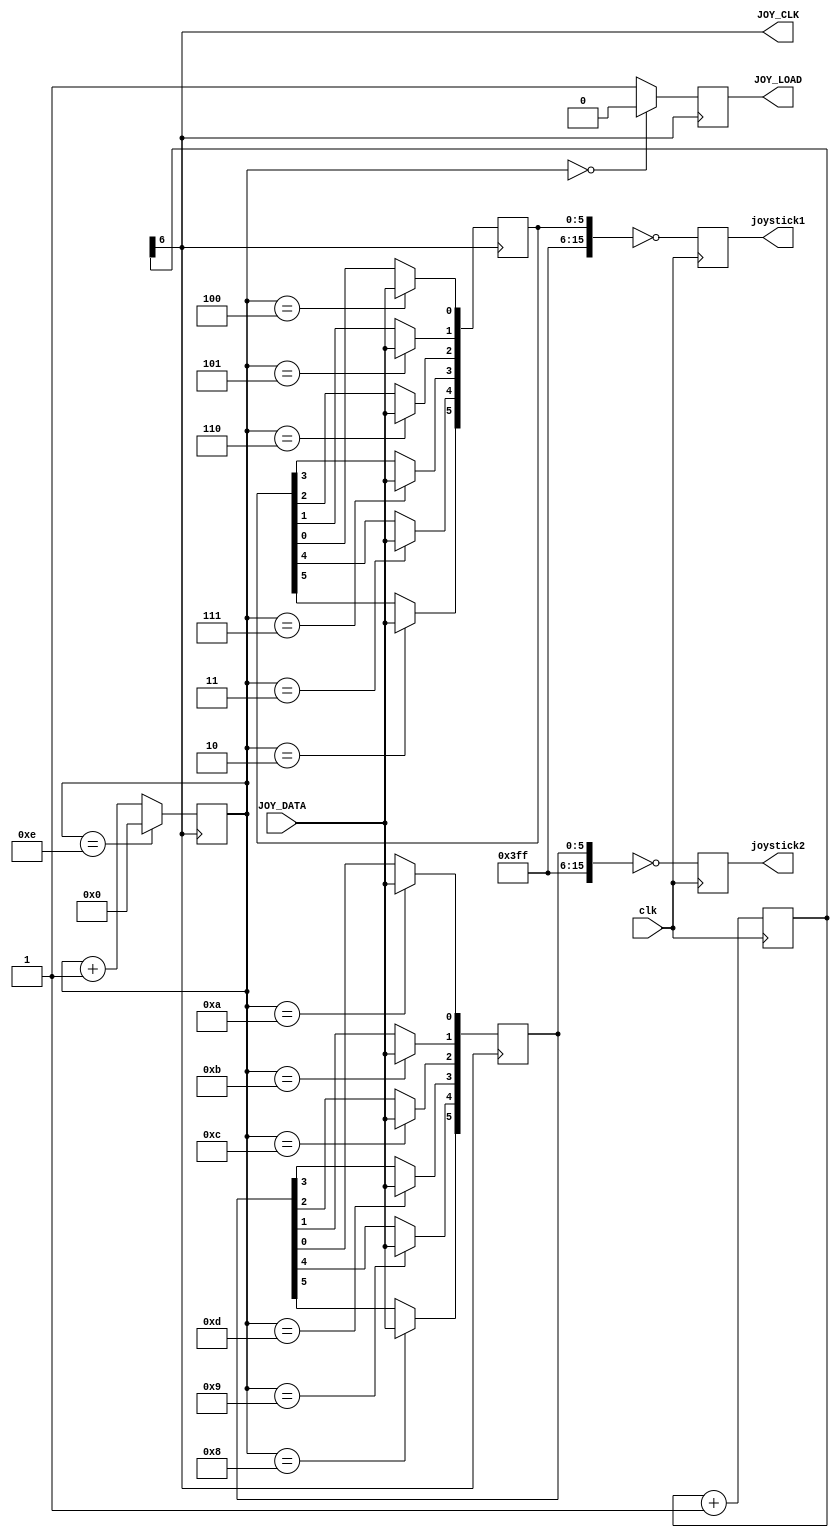
module joy_db9 
(
 input  clk,      //Reloj de Entrada sobre 48-50Mhz
 output JOY_CLK,
 output JOY_LOAD,   
 input  JOY_DATA, 
 output reg [15:0] joystick1,
 output reg [15:0] joystick2
);
//Gestion de Joystick
reg [7:0] JCLOCKS;
always @(posedge clk) begin 
   JCLOCKS <= JCLOCKS +8'd1;
end

reg [15:0] joy1  = 16'hFFFF, joy2  = 16'hFFFF;
reg joy_renew = 1'b1;
reg [4:0]joy_count = 5'd0;
   
assign JOY_CLK = JCLOCKS[6];
assign JOY_LOAD = joy_renew;
always @(posedge JOY_CLK) begin 
    if (joy_count == 5'd0) begin
       joy_renew = 1'b0;
    end else begin
       joy_renew = 1'b1;
    end
    if (joy_count == 5'd14) begin
      joy_count = 5'd0;
    end else begin
      joy_count = joy_count + 1'd1;
    end      
end
always @(posedge JOY_CLK) begin
    case (joy_count)
				5'd2  : joy1[5]  <= JOY_DATA; //1p Fuego 2
				5'd3  : joy1[4]  <= JOY_DATA; //1p Fuego 1 
				5'd4  : joy1[0]  <= JOY_DATA; //1p Derecha 
				5'd5  : joy1[1]  <= JOY_DATA; //1p Izquierda
				5'd6  : joy1[2]  <= JOY_DATA; //1p Abajo
				5'd7  : joy1[3]  <= JOY_DATA; //1p Ariba
				5'd8  : joy2[5]  <= JOY_DATA; //2p Fuego 2
				5'd9  : joy2[4]  <= JOY_DATA; //2p Fuego 1
				5'd10 : joy2[0]  <= JOY_DATA; //2p Derecha
				5'd11 : joy2[1]  <= JOY_DATA; //2p Izquierda
				5'd12 : joy2[2]  <= JOY_DATA; //2p Abajo
				5'd13 : joy2[3]  <= JOY_DATA; //2p Arriba
    endcase              
end
always @(posedge clk) begin
`ifndef JOY_GUNSMOKE
    joystick1[15:0] <=  ~joy1;
    joystick2[15:0] <=  ~joy2;

`else //Se convierte 1 disparo mas direccion, a 3 disparos.
	joystick1[15:7] <=  ~joy1[15:7];
	joystick1[3:0]  <=  ~joy1[3:0];
	joystick1[4]    <=  ~joy1[4] &  joy1[0] & ~joy1[1]; //pulsado Fuego e Izquierda
	joystick1[5]    <=  ~joy1[4] &  joy1[0] &  joy1[1]; //Solo pulsado el fuego sin derecha ni izda
	joystick1[6]    <=  ~joy1[4] & ~joy1[0] &  joy1[1]; //pulsado Fuego y Derecha
	

	joystick2[15:7] <=  ~joy2[15:7];
	joystick2[3:0]  <=  ~joy2[3:0];
	joystick2[4]    <=  ~joy2[4] &  joy2[0] & ~joy2[1]; //pulsado Fuego e Izquierda
	joystick2[5]    <=  ~joy2[4] &  joy2[0] &  joy2[1]; //Solo pulsado el fuego sin derecha ni izda
	joystick2[6]    <=  ~joy2[4] & ~joy2[0] &  joy2[1]; //pulsado Fuego y Derecha
`endif	
end

endmodule